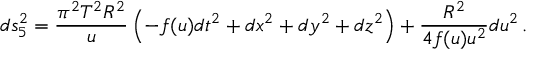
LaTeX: d s _ { 5 } ^ { 2 } = { \frac { \pi ^ { 2 } T ^ { 2 } R ^ { 2 } } { u } } \left( - f ( u ) d t ^ { 2 } + d x ^ { 2 } + d y ^ { 2 } + d z ^ { 2 } \right) + { \frac { R ^ { 2 } } { 4 f ( u ) u ^ { 2 } } } d u ^ { 2 } \, .